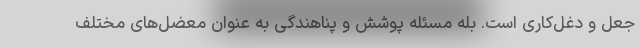
جعل و دغل‌کاری است. بله مسئله پوشش و پناهندگی به عنوان معضل‌های مختلف